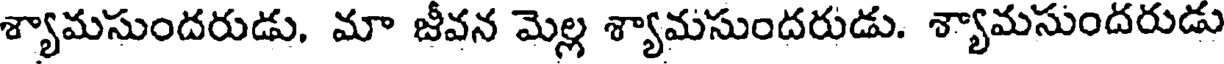
శ్యామసుందరుడు, మా జీవన మెల్ల శ్యామసుందరుడు. శ్యామసుందరుడు